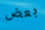
بعض